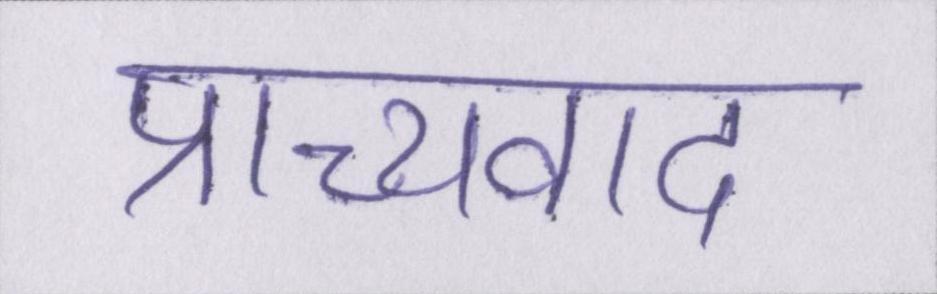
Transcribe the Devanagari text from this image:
प्राच्यवाद